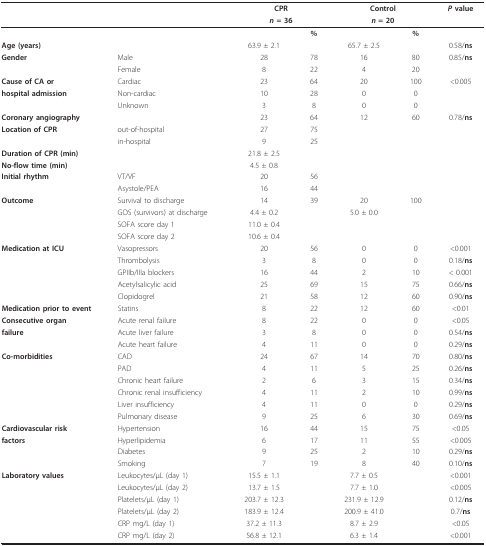
<table><thead><tr><td></td><td></td><td colspan="2"><b>CPR</b></td><td colspan="2"><b>Control</b></td><td><b><i>P </i>value</b></td></tr><tr><td></td><td></td><td colspan="2"><b><i>n </i>= 36</b></td><td colspan="2"><b><i>n </i>= 20</b></td><td></td></tr></thead><tbody><tr><td></td><td></td><td></td><td><b>%</b></td><td></td><td><b>%</b></td><td></td></tr><tr><td><b>Age (years)</b></td><td></td><td>63.9 ± 2.1</td><td></td><td>65.7 ± 2.5</td><td></td><td>0.58/<b>ns</b></td></tr><tr><td><b>Gender</b></td><td>Male</td><td>28</td><td>78</td><td>16</td><td>80</td><td>0.85/<b>ns</b></td></tr><tr><td></td><td>Female</td><td>8</td><td>22</td><td>4</td><td>20</td><td></td></tr><tr><td><b>Cause of CA or</b></td><td>Cardiac</td><td>23</td><td>64</td><td>20</td><td>100</td><td>&lt;0.005</td></tr><tr><td><b>hospital admission</b></td><td>Non-cardiac</td><td>10</td><td>28</td><td>0</td><td>0</td><td></td></tr><tr><td></td><td>Unknown</td><td>3</td><td>8</td><td>0</td><td>0</td><td></td></tr><tr><td><b>Coronary angiography</b></td><td></td><td>23</td><td>64</td><td>12</td><td>60</td><td>0.78/<b>ns</b></td></tr><tr><td><b>Location of CPR</b></td><td>out-of-hospital</td><td>27</td><td>75</td><td></td><td></td><td></td></tr><tr><td></td><td>in-hospital</td><td>9</td><td>25</td><td></td><td></td><td></td></tr><tr><td><b>Duration of CPR (min)</b></td><td></td><td>21.8 ± 2.5</td><td></td><td></td><td></td><td></td></tr><tr><td><b>No-flow time (min)</b></td><td></td><td>4.5 ± 0.8</td><td></td><td></td><td></td><td></td></tr><tr><td><b>Initial rhythm</b></td><td>VT/VF</td><td>20</td><td>56</td><td></td><td></td><td></td></tr><tr><td></td><td>Asystole/PEA</td><td>16</td><td>44</td><td></td><td></td><td></td></tr><tr><td><b>Outcome</b></td><td>Survival to discharge</td><td>14</td><td>39</td><td>20</td><td>100</td><td></td></tr><tr><td></td><td>GOS (survivors) at discharge</td><td>4.4 ± 0.2</td><td></td><td>5.0 ± 0.0</td><td></td><td></td></tr><tr><td></td><td>SOFA score day 1</td><td>11.0 ± 0.4</td><td></td><td></td><td></td><td></td></tr><tr><td></td><td>SOFA score day 2</td><td>10.6 ± 0.4</td><td></td><td></td><td></td><td></td></tr><tr><td><b>Medication at ICU</b></td><td>Vasopressors</td><td>20</td><td>56</td><td>0</td><td>0</td><td>&lt;0.001</td></tr><tr><td></td><td>Thrombolysis</td><td>3</td><td>8</td><td>0</td><td>0</td><td>0.18/<b>ns</b></td></tr><tr><td></td><td>GPIIb/IIIa blockers</td><td>16</td><td>44</td><td>2</td><td>10</td><td>&lt; 0.001</td></tr><tr><td></td><td>Acetylsalicylic acid</td><td>25</td><td>69</td><td>15</td><td>75</td><td>0.66/<b>ns</b></td></tr><tr><td></td><td>Clopidogrel</td><td>21</td><td>58</td><td>12</td><td>60</td><td>0.90/<b>ns</b></td></tr><tr><td><b>Medication prior to event</b></td><td>Statins</td><td>8</td><td>22</td><td>12</td><td>60</td><td>&lt;0.01</td></tr><tr><td><b>Consecutive organ</b></td><td>Acute renal failure</td><td>8</td><td>22</td><td>0</td><td>0</td><td>&lt;0.05</td></tr><tr><td><b>failure</b></td><td>Acute liver failure</td><td>3</td><td>8</td><td>0</td><td>0</td><td>0.54/<b>ns</b></td></tr><tr><td></td><td>Acute heart failure</td><td>4</td><td>11</td><td>0</td><td>0</td><td>0.29/<b>ns</b></td></tr><tr><td><b>Co-morbidities</b></td><td>CAD</td><td>24</td><td>67</td><td>14</td><td>70</td><td>0.80/<b>ns</b></td></tr><tr><td></td><td>PAD</td><td>4</td><td>11</td><td>5</td><td>25</td><td>0.26/<b>ns</b></td></tr><tr><td></td><td>Chronic heart failure</td><td>2</td><td>6</td><td>3</td><td>15</td><td>0.34/<b>ns</b></td></tr><tr><td></td><td>Chronic renal insufficiency</td><td>4</td><td>11</td><td>2</td><td>10</td><td>0.99/<b>ns</b></td></tr><tr><td></td><td>Liver insufficiency</td><td>4</td><td>11</td><td>0</td><td>0</td><td>0.29/<b>ns</b></td></tr><tr><td></td><td>Pulmonary disease</td><td>9</td><td>25</td><td>6</td><td>30</td><td>0.69/<b>ns</b></td></tr><tr><td><b>Cardiovascular risk</b></td><td>Hypertension</td><td>16</td><td>44</td><td>15</td><td>75</td><td>&lt;0.05</td></tr><tr><td><b>factors</b></td><td>Hyperlipidemia</td><td>6</td><td>17</td><td>11</td><td>55</td><td>&lt;0.005</td></tr><tr><td></td><td>Diabetes</td><td>9</td><td>25</td><td>2</td><td>10</td><td>0.29/<b>ns</b></td></tr><tr><td></td><td>Smoking</td><td>7</td><td>19</td><td>8</td><td>40</td><td>0.10/<b>ns</b></td></tr><tr><td><b>Laboratory values</b></td><td>Leukocytes/μL (day 1)</td><td>15.5 ± 1.1</td><td></td><td>7.7 ± 0.5</td><td></td><td>&lt;0.001</td></tr><tr><td></td><td>Leukocytes/μL (day 2)</td><td>13.7 ± 1.5</td><td></td><td>7.7 ± 1.0</td><td></td><td>&lt;0.005</td></tr><tr><td></td><td>Platelets/μL (day 1)</td><td>203.7 ± 12.3</td><td></td><td>231.9 ± 12.9</td><td></td><td>0.12/<b>ns</b></td></tr><tr><td></td><td>Platelets/μL (day 2)</td><td>183.9 ± 12.4</td><td></td><td>200.9 ± 41.0</td><td></td><td>0.7/<b>ns</b></td></tr><tr><td></td><td>CRP mg/L (day 1)</td><td>37.2 ± 11.3</td><td></td><td>8.7 ± 2.9</td><td></td><td>&lt;0.05</td></tr><tr><td></td><td>CRP mg/L (day 2)</td><td>56.8 ± 12.1</td><td></td><td>6.3 ± 1.4</td><td></td><td>&lt;0.001</td></tr></tbody></table>